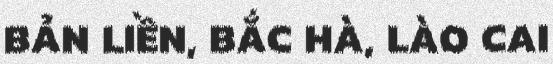
BẢN LIỀN, BẮC HÀ, LÀO CAI